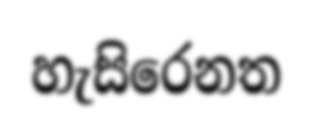
හැසිරෙනත